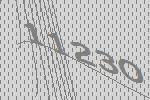
11230